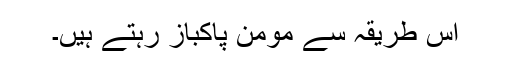
اس طریقہ سے مومن پاکباز رہتے ہیں۔